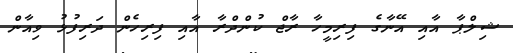
ޝިލްޕާ އާއި އޭނާގެ ފިރިމީހާ ރާޖް ކުންދްރާ އާއި ފިރިހެން ދަރިފުޅު ވިއާން